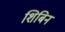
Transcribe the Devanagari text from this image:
शिबिन